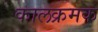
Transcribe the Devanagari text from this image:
कालक्रमक